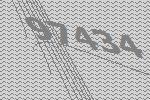
97434